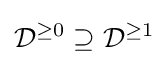
{\mathcal {D}}^{\geq 0}\supseteq {\mathcal {D}}^{\geq 1}